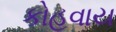
કોહવાય